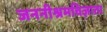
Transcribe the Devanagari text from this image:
जननीश्रमविज्ञाता